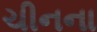
ચીનના